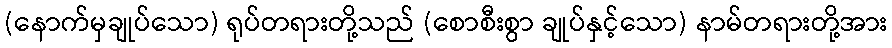
(နောက်မှချုပ်သော) ရုပ်တရားတို့သည် (စောစီးစွာ ချုပ်နှင့်သော) နာမ်တရားတို့အား